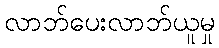
လာဘ်ပေးလာဘ်ယူမှု